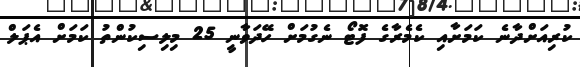
ކުރިއަށްދާނެ ކަމަށާއި ކެމެރާގެ ފޮޓޯ ނެގުމަށް ހޭދަވާނީ 25 މިލިސިކުންތު ކަމަށް އެޕަލް